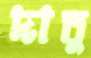
দাতু